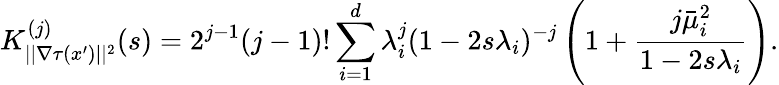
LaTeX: K_{||\nabla\tau(x^{\prime})||^{2}}^{(j)}(s)=2^{j-1}(j-1)!\sum_{i=1}^{d}\lambda_{i}^{j}(1-2s\lambda_{i})^{-j}\left(1+\frac{j\bar{\mu}_{i}^{2}}{1-2s\lambda_{i}}\right).